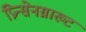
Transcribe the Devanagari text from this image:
प्रिन्सेनग्राख्ट